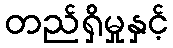
တည်ရှိမှုနှင့်